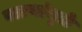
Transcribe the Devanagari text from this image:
वळणांमुळे